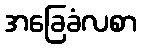
အခြေခံလစာ